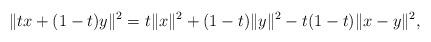
LaTeX: \begin{align*}\|tx+(1-t)y\|^2=t\|x\|^2+(1-t)\|y\|^2-t(1-t)\|x-y\|^2,\end{align*}